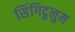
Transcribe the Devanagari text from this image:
सिंगिदुनुम